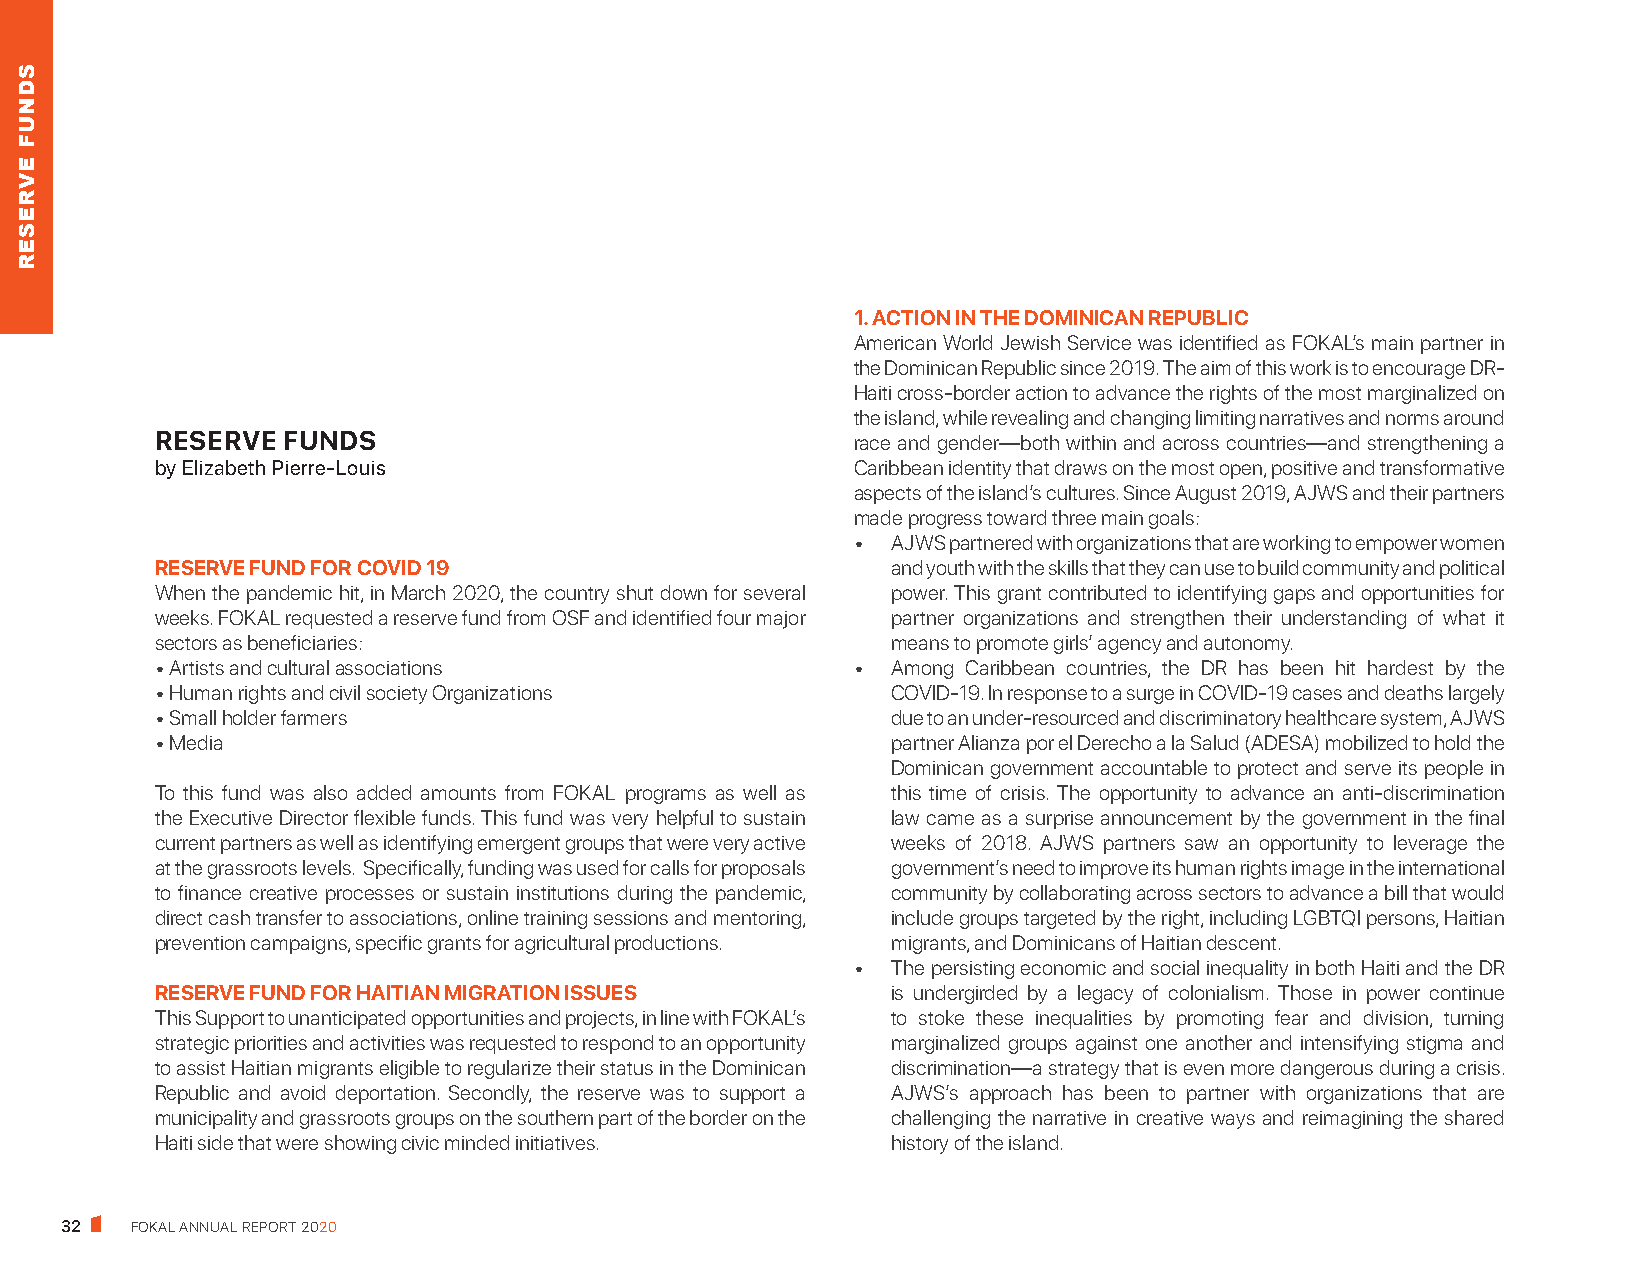
1. ACTION IN THE DOMINICAN REPUBLIC
 American World Jewish Service was identified as FOKAL’s main partner in
 the Dominican Republic since 2019. The aim of this work is to encourage DR-
 Haiti cross-border action to advance the rights of the most marginalized on
 the island, while revealing and changing limiting narratives and norms around
 RESERVE  FUNDS                                race and gender—both within and across countries—and strengthening a
 by Elizabeth Pierre-Louis                     Caribbean identity that draws on the most open, positive and transformative
 aspects of the island’s cultures. Since August 2019, AJWS and their partners
 made progress toward three main goals:
 •  AJWS partnered with organizations that are working to empower women
 RESERVE FUND FOR COVID 19                        and youth with the skills that they can use to build community and political
 When the pandemic hit, in March 2020, the country shut down for several power. This grant contributed to identifying gaps and opportunities for
 weeks. FOKAL requested a reserve fund from OSF and identified four major partner organizations and strengthen their understanding of what it
 sectors as beneficiaries:                        means to promote girls’ agency and autonomy.
 • Artists and cultural associations           •  Among Caribbean countries, the DR has been hit hardest by the
 • Human rights and civil society Organizations   COVID-19. In response to a surge in COVID-19 cases and deaths largely
 • Small holder farmers                           due to an under-resourced and discriminatory healthcare system, AJWS
 • Media                                          partner Alianza por el Derecho a la Salud (ADESA) mobilized to hold the
 Dominican government accountable to protect and serve its people in
 To this fund was also added amounts from FOKAL programs as well as this time of crisis. The opportunity to advance an anti-discrimination
 the Executive Director flexible funds. This fund was very helpful to sustain law came as a surprise announcement by the government in the final
 current partners as well as identifying emergent groups that were very active weeks of 2018. AJWS partners saw an opportunity to leverage the
 at the grassroots levels. Specifically, funding was used for calls for proposals government’s need to improve its human rights image in the international
 to finance creative processes or sustain institutions during the pandemic, community by collaborating across sectors to advance a bill that would
 direct cash transfer to associations, online training sessions and mentoring, include groups targeted by the right, including LGBTQI persons, Haitian
 prevention campaigns, specific grants for agricultural productions. migrants, and Dominicans of Haitian descent.
 •  The persisting economic and social inequality in both Haiti and the DR
 RESERVE FUND FOR HAITIAN MIGRATION ISSUES        is undergirded by a legacy of colonialism. Those in power continue
 This Support to unanticipated opportunities and projects, in line with FOKAL’s to stoke these inequalities by promoting fear and division, turning
 strategic priorities and activities was requested to respond to an opportunity marginalized groups against one another and intensifying stigma and
 to assist Haitian migrants eligible to regularize their status in the Dominican discrimination—a strategy that is even more dangerous during a crisis.
 Republic and avoid deportation. Secondly, the reserve was to support a AJWS’s approach has been to partner with organizations that are
 municipality and grassroots groups on the southern part of the border on the challenging the narrative in creative ways and reimagining the shared
 Haiti side that were showing civic minded initiatives. history of the island.
 32   FOKAL ANNUAL REPORT 2020
 SDNUF
 EVRESER